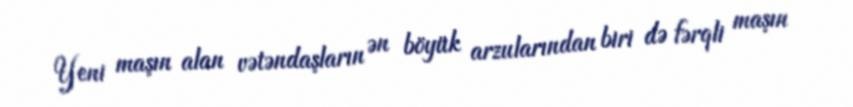
Yeni maşın alan vətəndaşların ən böyük arzularından biri də fərqli maşın